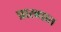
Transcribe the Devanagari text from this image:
प्रारब्धात